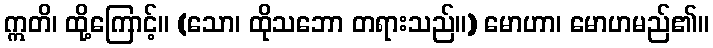
ဣတိ၊ ထို့ကြောင့်။ (သော၊ ထိုသဘော တရားသည်။) မောဟာ၊ မောဟမည်၏။